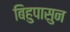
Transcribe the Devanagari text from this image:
बिहुपासुन